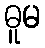
ဓူမ